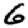
Digit: 6